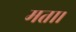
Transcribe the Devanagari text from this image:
मता।